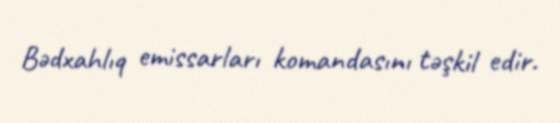
Bədxahlıq emissarları komandasını təşkil edir.